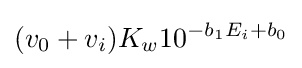
({v_{0}+v_{i}})K_{w}10^{-b_{1}E_{i}+b_{0}}